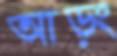
আড়ং